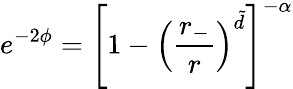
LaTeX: e^{-2\phi}=\left[1-\left(\frac{r_{-}}{r}\right)^{\tilde{d}}\right]^{-\alpha}